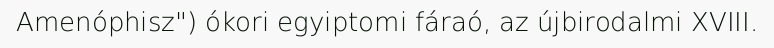
Amenóphisz") ókori egyiptomi fáraó, az újbirodalmi XVIII.